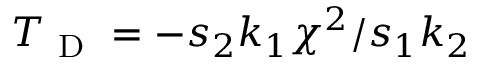
{ T _ { \mathrm { ~ D ~ } } } = - s _ { 2 } k _ { 1 } \chi ^ { 2 } / s _ { 1 } k _ { 2 }